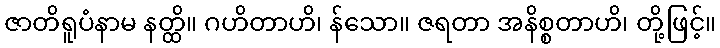
ဇာတိရူပံနာမ နတ္ထိ။ ဂဟိတာဟိ၊ န်သော။ ဇရတာ အနိစ္စတာဟိ၊ တို့ဖြင့်။